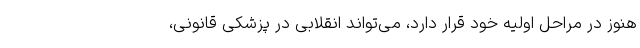
هنوز در مراحل اولیه خود قرار دارد، می‌تواند انقلابی در پزشکی قانونی،